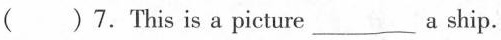
( ) 7. This is a picture ___ a ship.